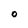
Character: O